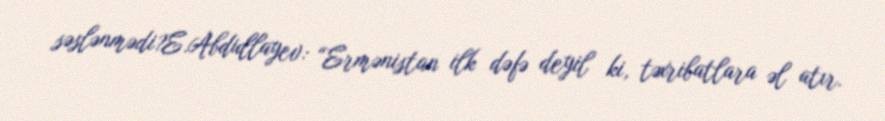
səslənmədi?E.Abdullayev: “Ermənistan ilk dəfə deyil ki, təxribatlara əl atır.